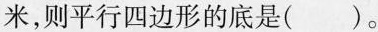
米，则平行四边形的底是( )。